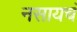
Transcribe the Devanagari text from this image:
नसायचं